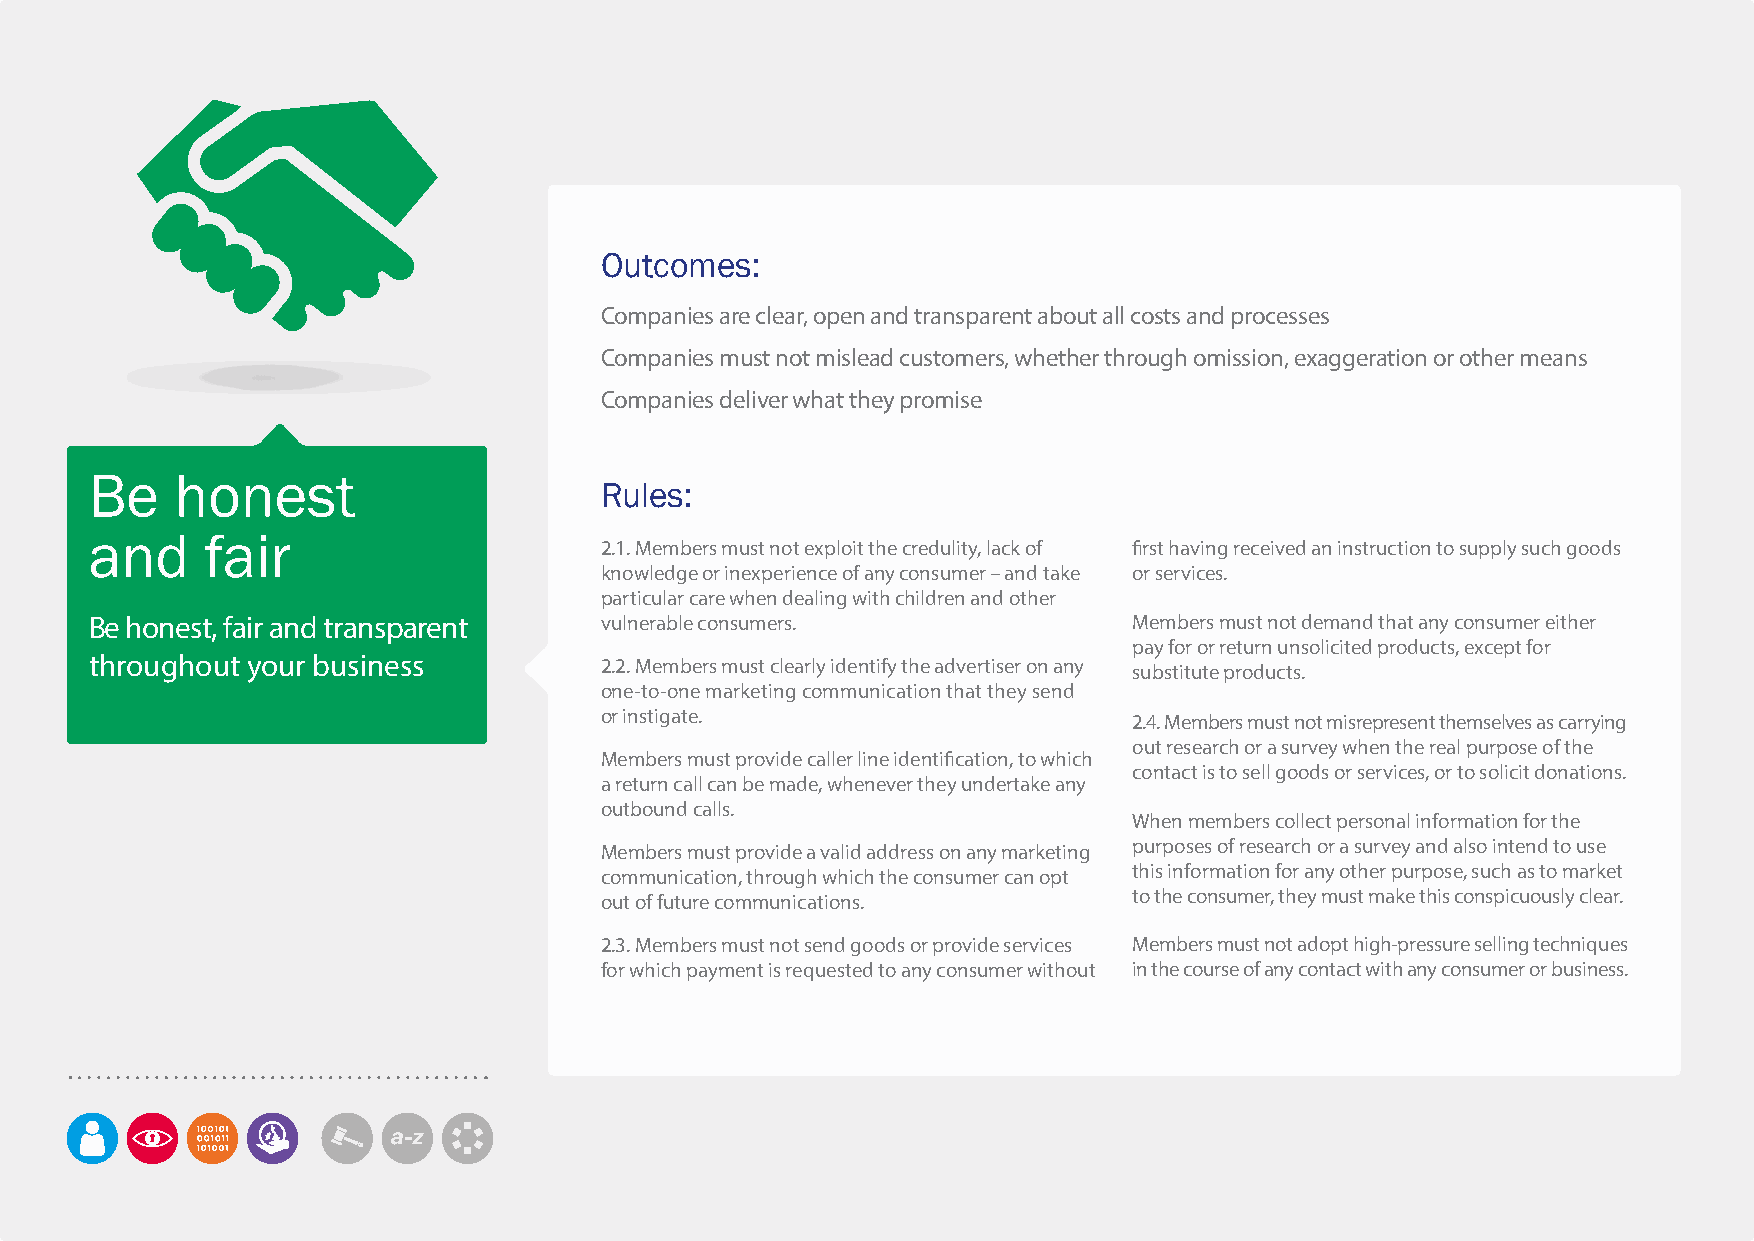
Outcomes:
 Companies are clear, open and transparent about all costs and processes
 Companies must not mislead customers, whether through omission, exaggeration or other means
 Companies deliver what they promise
 Be    honest
 Rules:
 and     fair                      2.1. Members must not exploit the credulity, lack of first having received an instruction to supply such goods
 knowledge or inexperience of any consumer – and take or services.
 particular care when dealing with children and other
 Be honest, fair and transparent   vulnerable consumers.              Members must not demand that any consumer either
 pay for or return unsolicited products, except for
 throughout your business          2.2. Members must clearly identify the advertiser on any substitute products.
 one-to-one marketing communication that they send
 or instigate.                      2.4. Members must not misrepresent themselves as carrying
 out research or a survey when the real purpose of the
 Members must provide caller line identification, to which
 contact is to sell goods or services, or to solicit donations.
 a return call can be made, whenever they undertake any
 outbound calls.
 When members collect personal information for the
 Members must provide a valid address on any marketing purposes of research or a survey and also intend to use
 communication, through which the consumer can opt this information for any other purpose, such as to market
 out of future communications.      to the consumer, they must make this conspicuously clear.
 2.3. Members must not send goods or provide services Members must not adopt high-pressure selling techniques
 for which payment is requested to any consumer without in the course of any contact with any consumer or business.